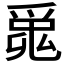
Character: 𤔞